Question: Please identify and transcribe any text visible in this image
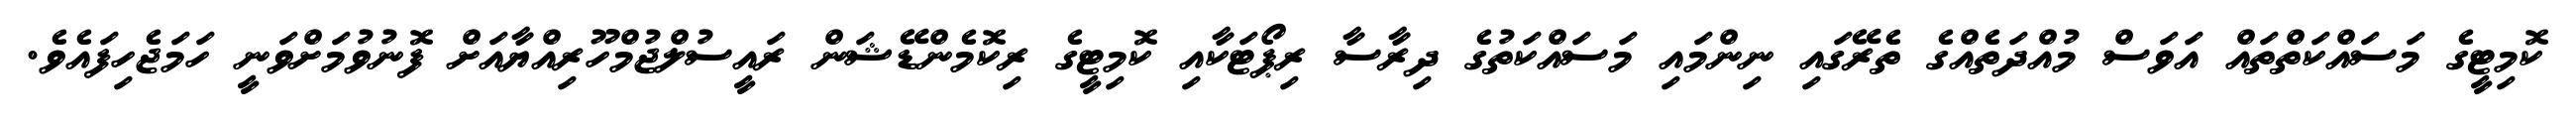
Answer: ކޮމިޓީގެ މަސައްކަތްތައް އަވަސް މުއްދަތެއްގެ ތެރޭގައި ނިންމައި މަސައްކަތުގެ ދިރާސާ ރިޕޯޓަކާއި ކޮމިޓީގެ ރިކޮމެންޑޭޝަން ރައީސުލްޖުމްހޫރިއްޔާއަށް ފޮނުވުމަށްވަނީ ހަމަޖެހިފައެވެ.